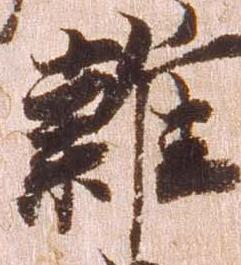
雑